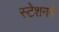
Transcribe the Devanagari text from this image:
स्टेशनमें